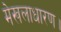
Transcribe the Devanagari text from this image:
मेखलाधारण।